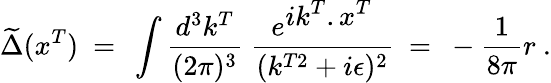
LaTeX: \widetilde\Delta(x^{T})\ =\ \int\frac{d^{3}k^{T}}{(2\pi)^{3}}\ \frac{e^{{\displaystyle ik^{T}.x^{T}}}}{(k^{T2}+i\epsilon)^{2}}\ =\ -\frac{1}{8\pi}r\ .